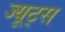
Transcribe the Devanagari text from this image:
ज्यूट्स